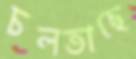
চলতাছে